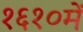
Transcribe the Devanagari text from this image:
१६१०में